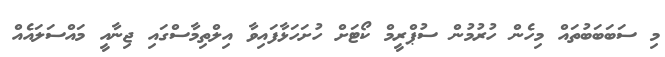
މި ސަބަބަބުތައް މިހެން ހުރުމުން ސުޕްރީމް ކޯޓަށް ހުށަހަޅާފައިވާ އިލްތިމާސްގައި ޖިނާއީ މައްސަލައެއް